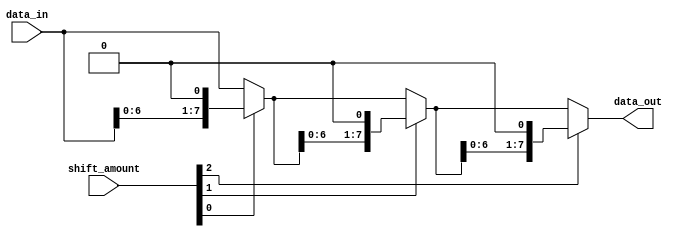
module barrel_shifter (
    input [7:0] data_in,
    input [2:0] shift_amount,
    output reg [7:0] data_out
);

reg [7:0] stage1_out, stage2_out, stage3_out;

// Stage 1
always @(*) begin
    case(shift_amount[0])
        3'b001: stage1_out = data_in << 1;
        3'b010: stage1_out = data_in << 2;
        3'b011: stage1_out = data_in << 3;
        default: stage1_out = data_in;
    endcase
end

// Stage 2
always @(*) begin
    case(shift_amount[1])
        3'b001: stage2_out = stage1_out << 1;
        3'b010: stage2_out = stage1_out << 2;
        3'b011: stage2_out = stage1_out << 3;
        default: stage2_out = stage1_out;
    endcase
end

// Stage 3
always @(*) begin
    case(shift_amount[2])
        3'b001: stage3_out = stage2_out << 1;
        3'b010: stage3_out = stage2_out << 2;
        3'b011: stage3_out = stage2_out << 3;
        default: stage3_out = stage2_out;
    endcase
end

always @(*) begin
    data_out = stage3_out;
end

endmodule